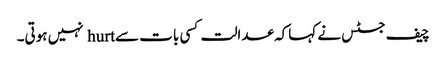
چیف جسٹس نے کہاکہ عدالت کسی بات سے hurt نہیں ہوتی۔